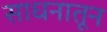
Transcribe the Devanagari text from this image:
साधनातून